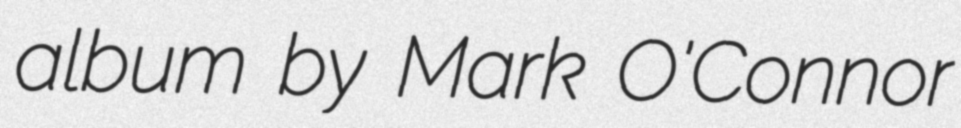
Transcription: album by Mark O'Connor